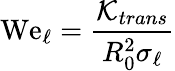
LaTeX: \mathrm{We}_{\ell}=\frac{\mathcal{K}_{trans}}{R_{0}^{2}\sigma_{\ell}}